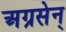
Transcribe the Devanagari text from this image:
अग्रसेन्